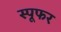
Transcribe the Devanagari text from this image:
स्पूफर